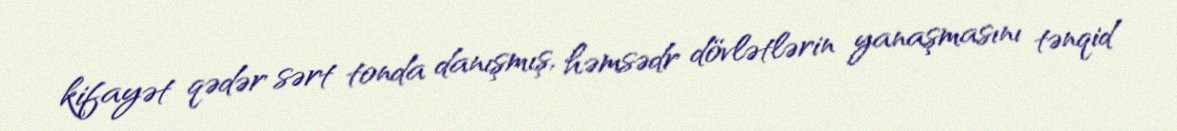
kifayət qədər sərt tonda danışmış, həmsədr dövlətlərin yanaşmasını tənqid